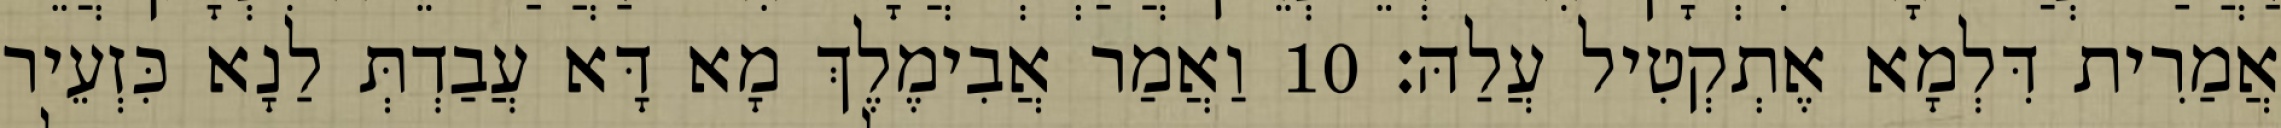
אֲמַרִית דִּלְמָא אֶתְקְטִיל עֲלַהּ׃ 10 וַאֲמַר אֲבִימֶלֶךְ מָא דָּא עֲבַדְתְּ לַנָא כִּזְעֵיר